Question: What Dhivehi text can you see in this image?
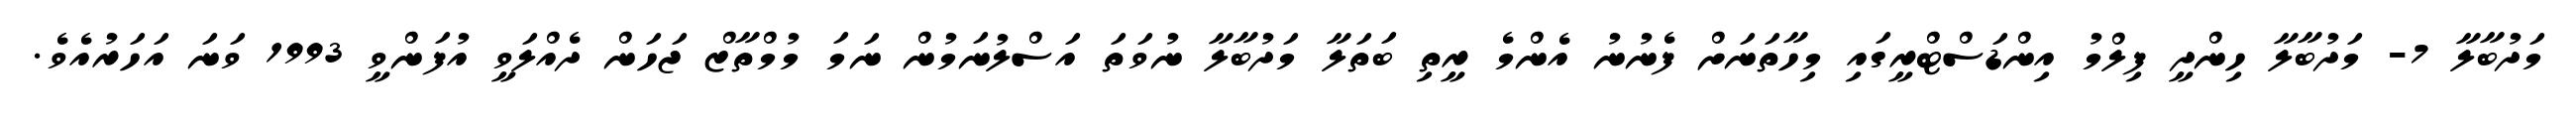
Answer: މަދުބާލާ 7- މަދުބާލާ ހިންދީ ފިލްމު އިންޑަސްޓްރީގައި މިހާތަނަށް ފެނުނު އެންމެ ރީތި ބަތަލާ މަދުބާލާ ނުވަތަ އަސްލުނަމުން ނަމަ މުމްތާޒް ޖަހަން ދެއްލަވީ އުފަންވީ 1993 ވަނަ އަހަރުއެވެ.